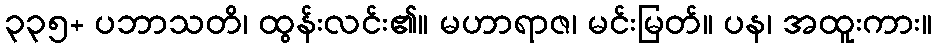
၃၃၅+ ပဘာသတိ၊ ထွန်းလင်း၏။ မဟာရာဇ၊ မင်းမြတ်။ ပန၊ အထူးကား။